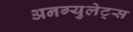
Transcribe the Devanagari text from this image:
अनग्युलेट्स